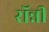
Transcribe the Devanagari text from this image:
राॅन्नी